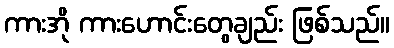
ကားအို ကားဟောင်းတွေချည်း ဖြစ်သည်။